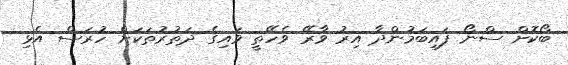
ބޯކޮށް ސްނޯ ފައިބަމުންދާ އިރު ވާރޭ ވެހޭތީ ވައިގެ ދަތުރުތަކަށް ހުރަސް އެޅި